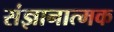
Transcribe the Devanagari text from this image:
संज्ञानात्‍मक